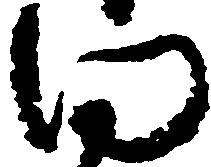
向